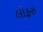
લીફરા